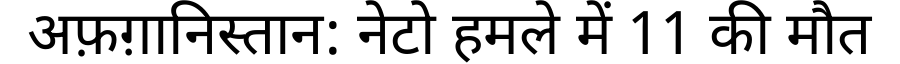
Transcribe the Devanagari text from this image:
अफ़ग़ानिस्तान: नेटो हमले में 11 की मौत